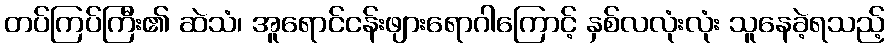
တပ်ကြပ်ကြီး၏ ဆဲသံ၊ အူရောင်ငန်းဖျားရောဂါကြောင့် နှစ်လလုံးလုံး သူနေခဲ့ရသည့်